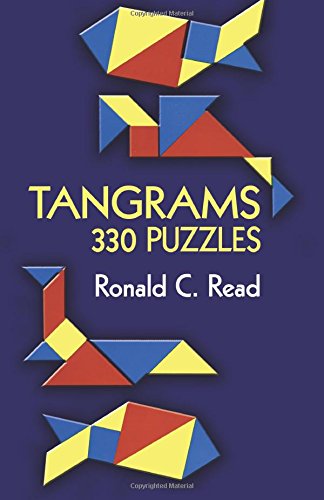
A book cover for Tangrams: 330 Puzzles (Dover Recreational Math); Ronald C. Read; Humor & Entertainment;